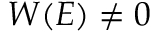
W ( E ) \neq 0